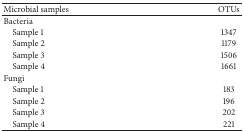
<table><thead><tr><td><b>Microbial samples</b></td><td><b>OTUs</b></td></tr></thead><tbody><tr><td>Bacteria</td><td> </td></tr><tr><td> Sample 1</td><td>1347</td></tr><tr><td> Sample 2</td><td>1179</td></tr><tr><td> Sample 3</td><td>1506</td></tr><tr><td> Sample 4</td><td>1661</td></tr><tr><td>Fungi</td><td> </td></tr><tr><td> Sample 1</td><td>183</td></tr><tr><td> Sample 2</td><td>196</td></tr><tr><td> Sample 3</td><td>202</td></tr><tr><td> Sample 4</td><td>221</td></tr></tbody></table>